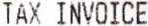
TAX INVOICE